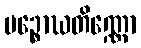
ပဉ္စောဃတိဏ္ဏော